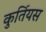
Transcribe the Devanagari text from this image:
कुर्तियस